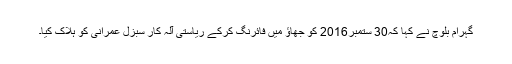
گہرام بلوچ نے کہا کہ30 ستمبر2016 کو جھاؤ میں فائرنگ کرکے ریاستی آلہ کار سبزل عمرانی کو ہلاک کیا۔